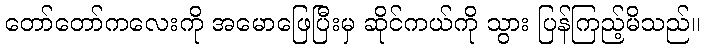
တော်တော်ကလေးကို အမောဖြေပြီးမှ ဆိုင်ကယ်ကို သွား ပြန်ကြည့်မိသည်။